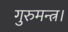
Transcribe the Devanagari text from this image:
गुरुमन्त्र।